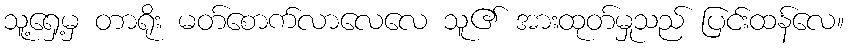
သူ့ရှေ့မှ တာရိုး မတ်စောက်လာလေလေ သူ၏ အားထုတ်မှုသည် ပြင်းထန်လေ။